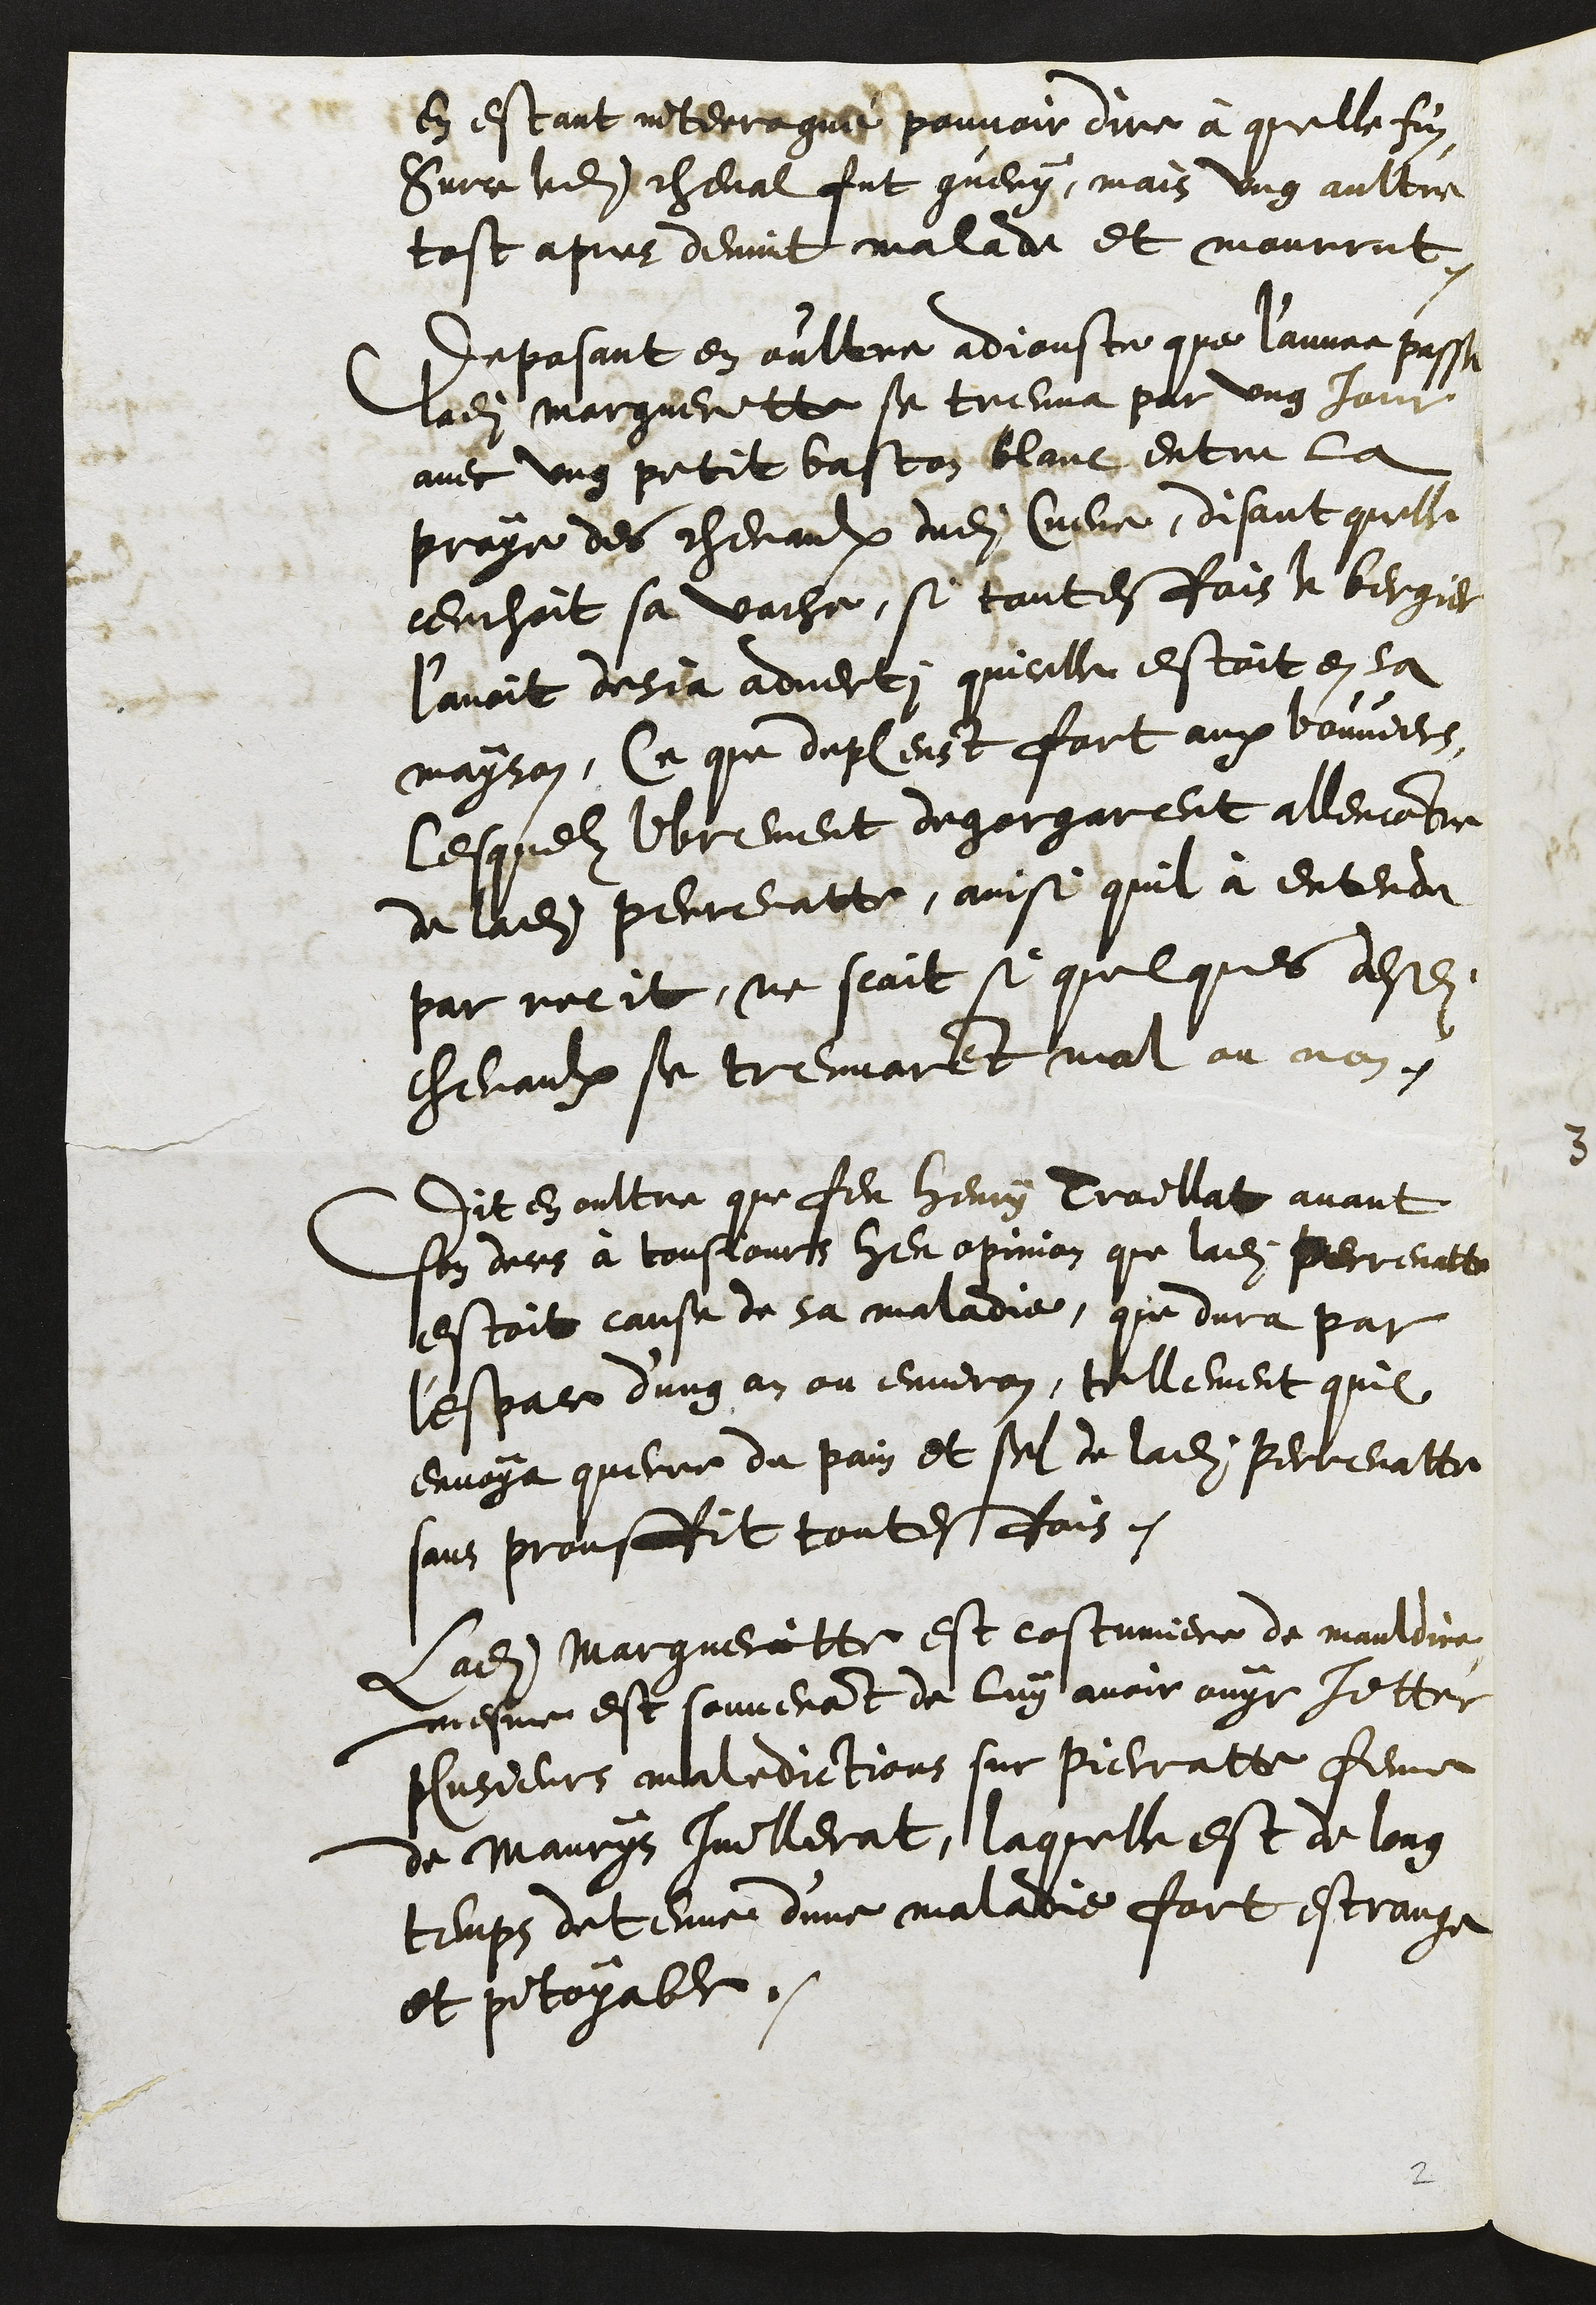
en estant interrogué pouvoir dire à quelle fin
Surce ledit cheval fut guery, mais ung aultre
tost apres devint malade et mourrut.
deposant en oultre adjouste que l'annee passe
ladite Margueritte se treuva par ung jour
avec ung petit baston blanc entre la
proye des chevaulx dudit Cueve, disant quelle
cerchoit sa vache, si toutesfois le bergier
l’avoit desja adverti quicelle estoit en sa
mayson, Ce que depleust fort aux bouviers,
lesquelz librement degorgarent allencontre
de ladite Perrenatte, ainsi quil à entendu
par recit, ne scait si quelques desdits
chevaulx se treuvarent mal ou non.
Dit en oultre que feu Henry Troillat avant
son deces à tousjours heu opinion que ladite Perrenatte
estoit cause de sa maladie, que dura par
l'espace d'ung an ou environ, tellement quil
envoya querre du pain et sel de ladite Perrenatte
sans prouffit toutesfois.
Ladite Margueritte est costumiere de mauldire,
mesme est souvenant de luy avoir ouyr jetter
plusieurs maledictions sur Pierratte femme
de Maurys Juillerat, laquelle est de long
temps detenue d'une maladie fort estrange
et pitoyable.

2